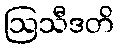
ဩသီဒတိ